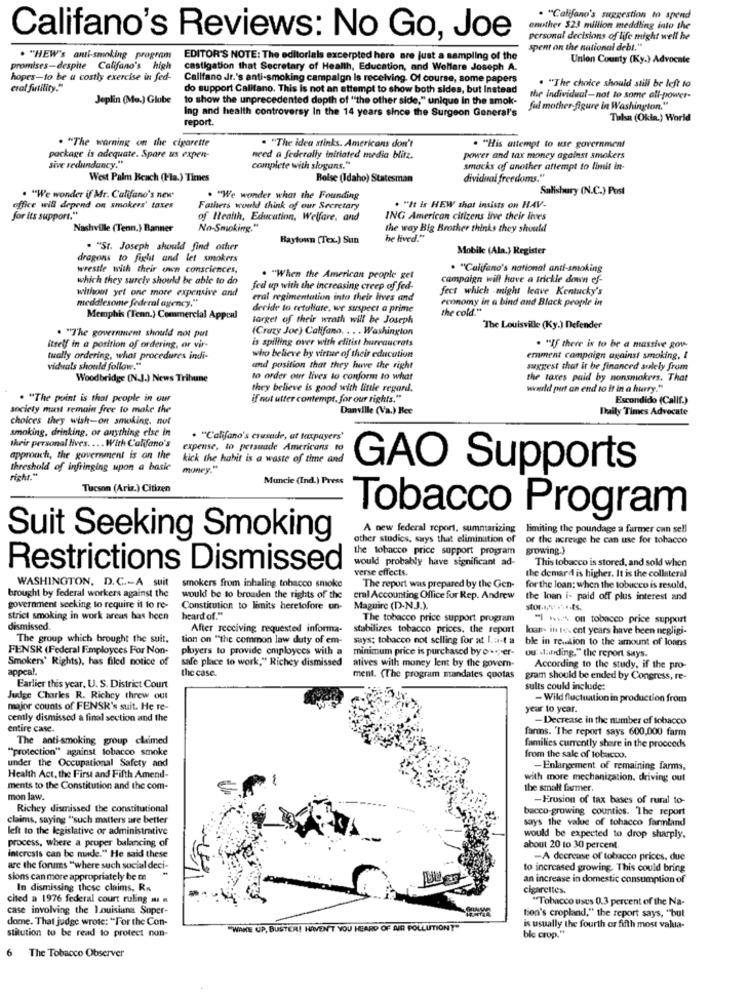
. "Califano's suggestion to spend
enuther $23 million meddling into the
Califano's Reviews: No Go, Joe
personal decisions of life might well he
spent on the national debt."
. "HEW's anti-smoking program
EDITOR'S NOTE: The editorials excerpted here are just a sampling of the
Union County (Ky.) Advocate
promises-despite Califano's high
castigation that Secretary of Health, Education, and Welfare Joseph A.
hopes-to be a costly exercise in fed-
Callfano Jr.'s anti-smoking campaign Is receiving. Of course, some papers
. "The choice should still be left to
eral futility."
do support Califano. This is not an attempt to show both sides, but Instead
Joplin (Mo.) Glube
to show the unprecedented depth of ""the other side," unique In the smok-
the individual-not to some all-power-
Ing and health controversy In the 14 years since the Surgeon General's
ful mother-figure in Washington."
report.
Tulsa (Okia.) World
. "The warning on the cigarette
. "The idea stinks. Americans don't
. "His attempt to use government
package is adequate. Spare us expen-
need a federally initiated media blitz.
power and tax money against smokers
sive redundancy."
complete with slogans."
smacks of another attempt to limit in-
West Palm Beach (Pla.) Times
Bolse (Idaho) Statesman
dividual freedoms."
Salisbury (N.C.) Post
. "We wonder if Mr. Califano's new"
. "We wonder what the Founding
office will depend on smokers' taxes
Fathers would think of our Secretary
. "It is HEW shot insists on HAV-
for its support."
of Health, Education, Welfare, and
ING American citizens live their lives
Nashville (Tenn.) Banner
No-Smoking."
the way Big Brother thinks they should
Baytown (Tex.) Sun
he lived."
. "St. Joseph should find other
Mobile (Ala.) Register
dragons to fight and let smokers
wrestle with their own consciences,
. "Califano's national anti-smoking
which they surely should be able to do
. "When the American people get
campaign will have a trickle down ef-
without yel one more expensive and
fed up with the increasing creep of fed-
fect which -might leave Kentucky's
meddlesome federal agency."
eral regimentation into their lives and
economy in a bind and Black people in
decide to retaliate, we suspect a prime
the cold."
Memphis (Tenn.) Commercial Appeal
target of their wrath will be Joseph
. "The government should not part
(Crazy Joe) Califano. .. . Washington
The Louisville (Ky.) Defender
is spilling over with elitist bureaucrats
itself in a position of ordering, or vir-
. "If there is to be a massive gow
tually ordering, what procedures indi-
who believe by virtue of their education
emment campaign against smoking, I
viduals should follow."
and position that they have the right
suggest that it be financed sulely from
Woodbridge (N.J.) News Tribune
to order our lives to conform to what
the taxes paid by nonsmokers. That
they believe is good with little regard.
wwwrld purt an end to it in a hurry."
. "The point is that people in our
if not utter contempt, for our rights."
Escondido (Callf.)
society must remain free to make the
Danville (Va.) Bee
Daily Times Advocate
choices they wish-on smoking, not
smoking, drinking, or anything else in
. "Califano's crusade, at taxpayers'
their personal lives. ... With Califano's
expense, to persuade Americans to
approach, the government is on the
kick the habit is a waste of time and
threshold of infringing upon a basic
money."
GAO Supports
right."
Muncie (Ind.) Press
Tucson (Ariz.) Citizen
Tobacco Program
A new federal report, summarizing
limiting the poundage a farmer cun sell
Suit Seeking Smoking
other studies, says that elimination of
or the acreage he can use for tobacco
the tobacco price support program growing.)
would probably have significant ad-
Restrictions Dismissed
verse effects.
This tobacco is stored, and sold when
WASHINGTON, D.C .- A suit
the demard is higher. It is the collateral
brought by federal workers against the
smokers from inhaling tobacco smoke
The report was prepared by the Gen-
for the loan; when the tobucco is resold,
would be to broaden the rights of the
eral Accounting Office for Rep. Andrew
the Inan i- paid off plus interest and
government seeking to require it to re-
Constitution to limits heretofore un-
Maguire (D-NJ.).
stor.pr .... s.
strict smoking in work areas has been
heard of."
The tobacco price support program
"I www. on tobacco price support
dismissed.
After receiving requested informa-
stabilizes tobacco prices, the report
loan. il 14. ent years have been negligi-
The group which brought the suit,
tion on "the common law duty of em-
says; tobacco not selling for at Last a
ble in relation to the amount of loans
FENSR (Federal Employees For Non-
ployers to provide employees with a
minimum price is purchased by o .;- er-
ou standing," the report says.
Smokers' Rights), has filed notice of
safe place to work," Richey dismissed
appeal.
atives with money lent by the govern-
According to the study, if the pro-
the case.
ment. (The program mandates quotas
gram should be ended by Congress, re-
Earlier this year, U. S. District Court
sults could include:
Judge Charles R. Richey threw out
- Wild fluctuation in production from
major counts of FENSK's suit. He re-
year to year.
cently dismissed a final section and the
- Decrease in the number of tobacco
entire case.
farms. 'The report says 600,000 farm
The anti-smoking group claimed
"protection" against tobacco smoke
families currently share in the proceeds
under the Occupational Safety and
from the sale of tobacco.
-Enlargement of remaining farms,
Health Act, the First and Fifth Amend-
with more mechanization. driving out
ments to the Constitution and the com-
the small farmer.
mon law.
-Erosion of tax bases of rural to-
Richey dismissed the constitutional
bacco-growing counties. The report
claims, saying "such matters are better
says the value of tobacco farmland
left to the legislative or administrative
process, where a proper balancing of
would be expected to drop sharply,
about 20 to 30 percent.
Interests can be made." He said these
-A decrease of tobacco prices, due
are the forums "where such social deci-
to increased growing. This could bring
sions can more appropriately be m
an increase in domestic consumption of
In dismissing these claims, Rn
cigarettes.
cited a 1976 federal court ruling m n
"Tobacco uses 0.3 percent of the Na-
case involving the Louisiana Super-
tion's cropland," the report says, "but
dome. That judge wrote: "For the Con-
stitution to be read to protect non-
WAKE UP, BUSTER! HAVEN'T YOU HEARD OF AIR POLLUTIONT"
is usually the fourth or fifth most valua-
ble crop."
6
The Tobacco Observer